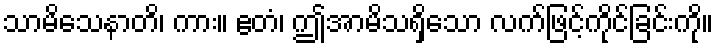
သာမိသေနာတိ၊ ကား။ ဧတံ၊ ဤအာမိသရှိသော လက်ဖြင့်ကိုင်ခြင်းကို။